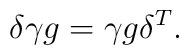
\delta \gamma g = \gamma g \delta^T.